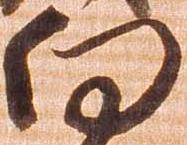
向